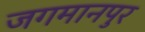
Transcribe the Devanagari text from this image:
जगमानपुर